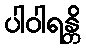
ပါဝါရန္တိ